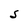
Character: S